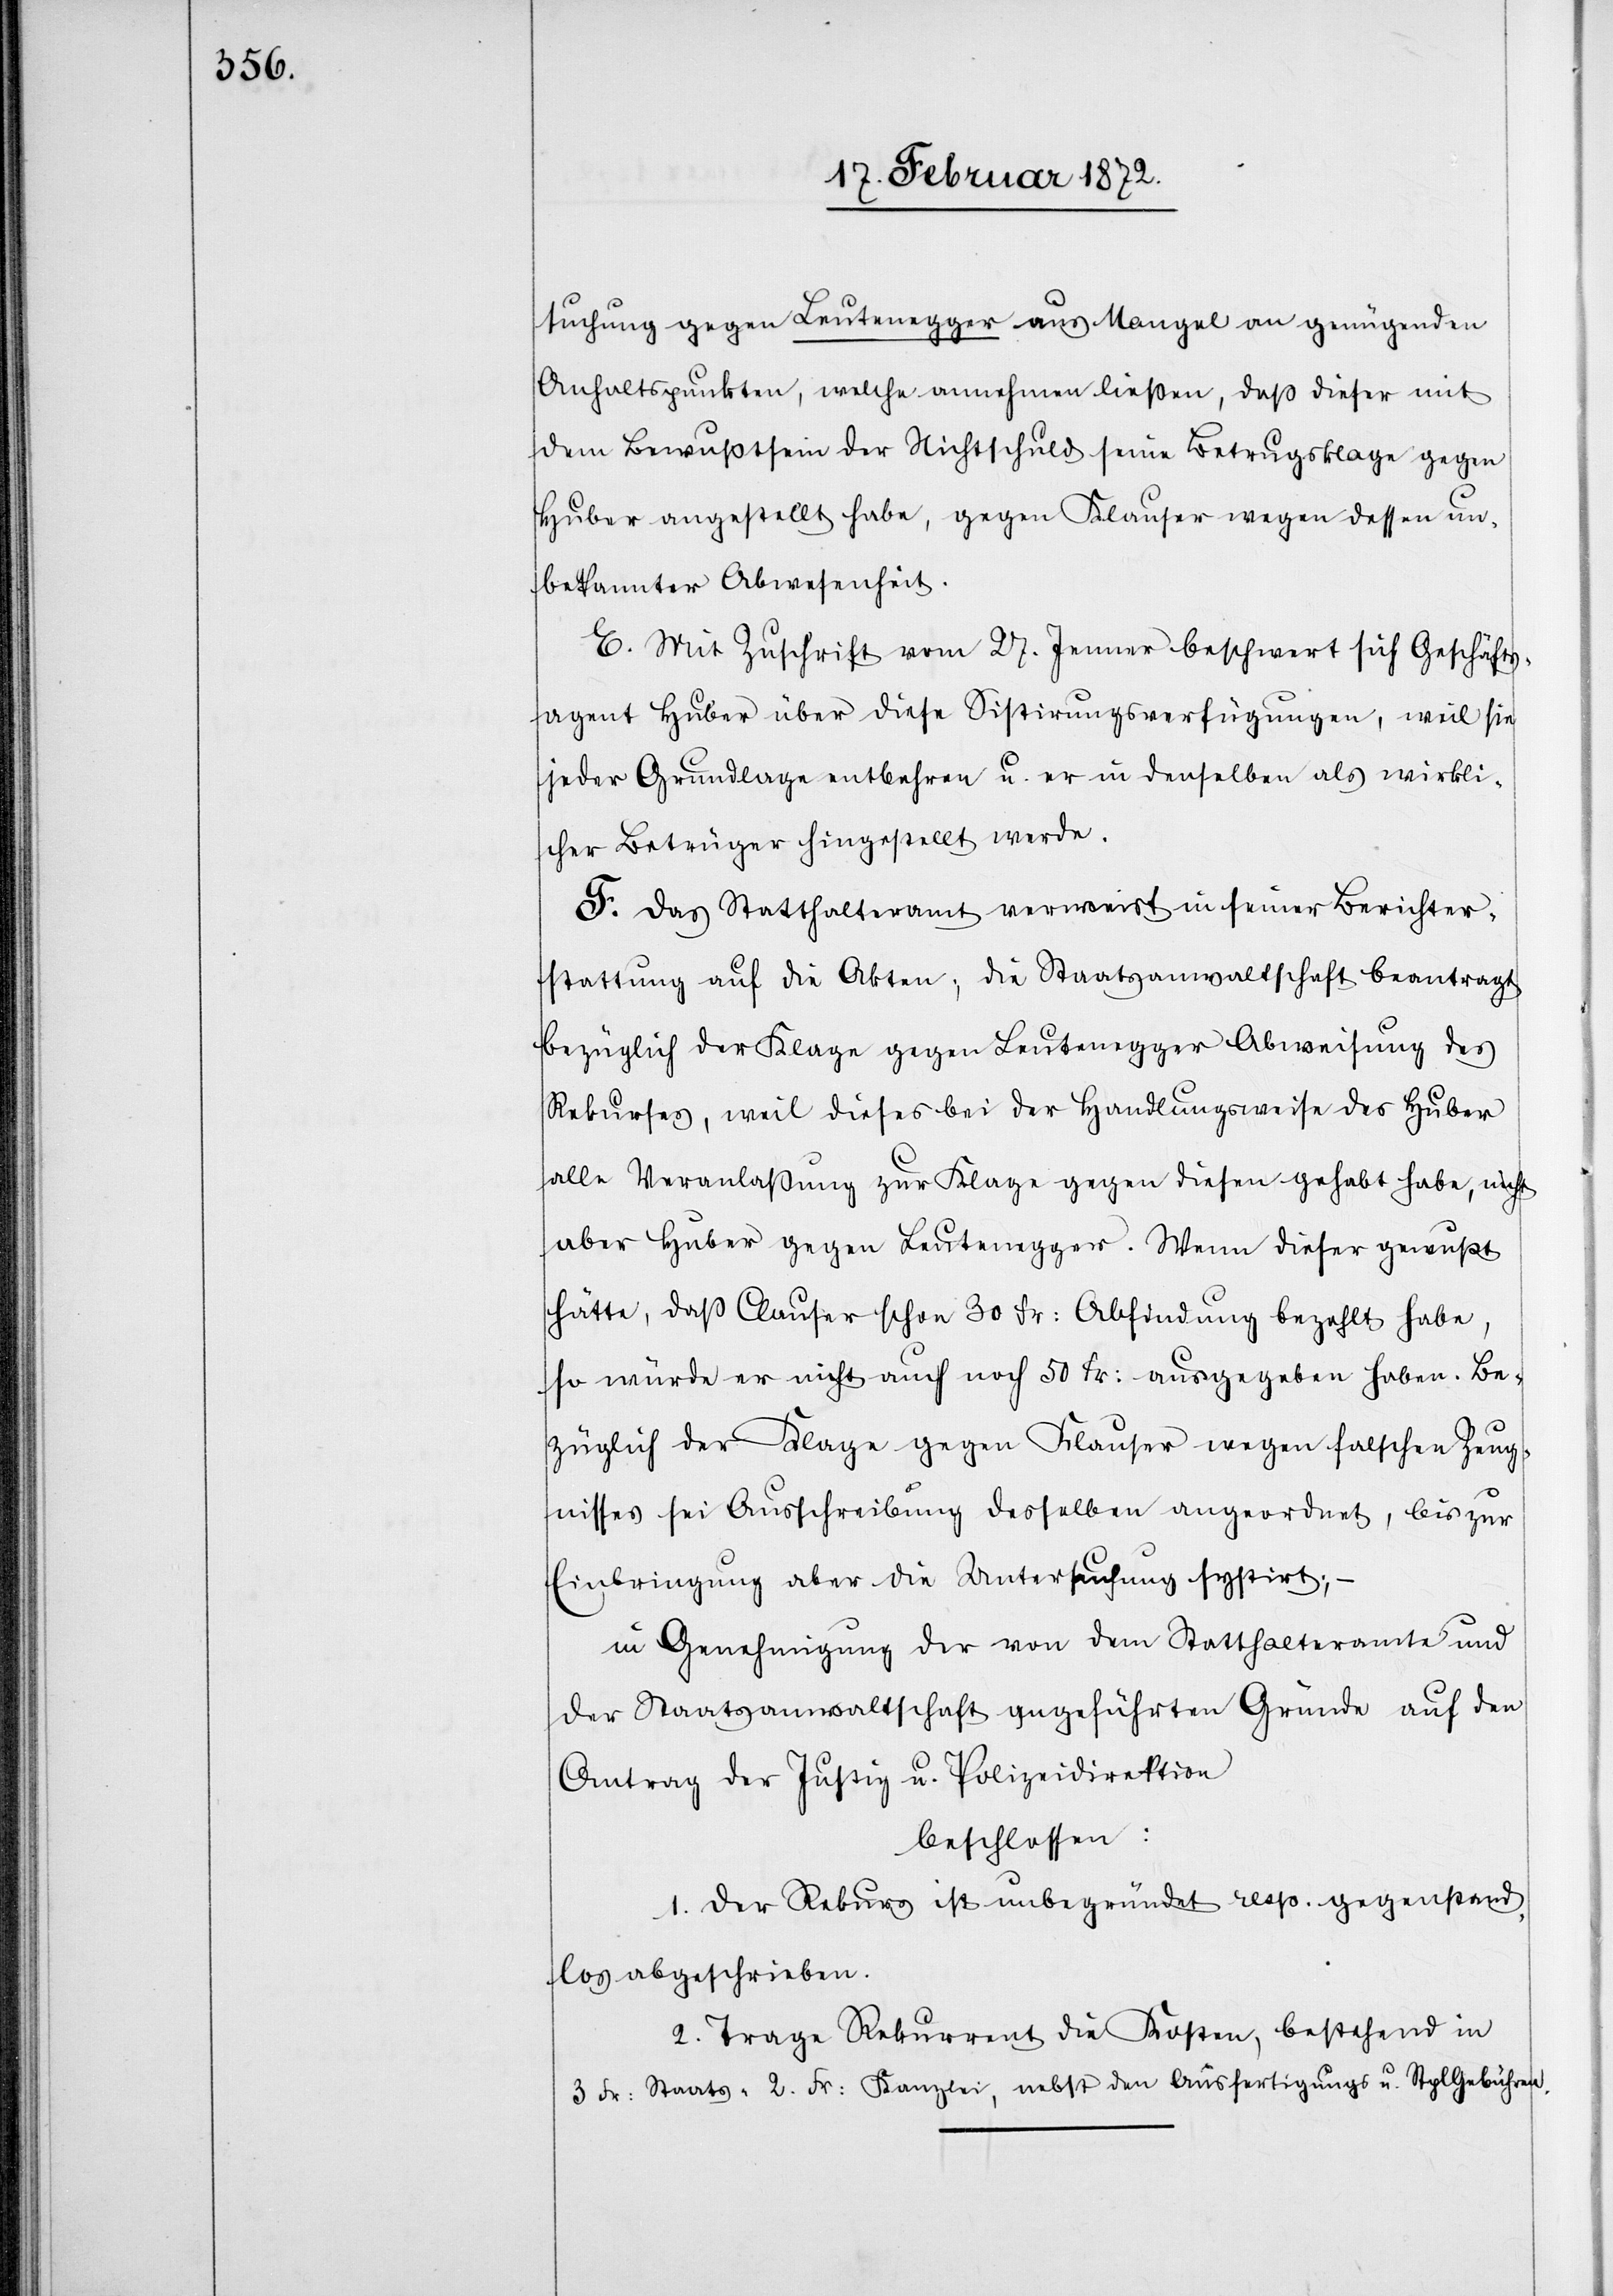
suchung gegen Leutenegger aus Mangel an genügenden
Anhaltpunkten, welche annehmen ließen, daß dieser mit
dem Bewußtsein der Nichtschuld seine Betrugsklage gegen
Huber angestellt habe, gegen Klauser wegen dessen un¬
bekannter Abwesenheit.
E. Mit Zuschrift vom 27. Jenner beschwert sich Geschäfts¬
agent Huber über diese Sistirungsverfügungen, weil sie
jeder Grundlage entbehren u. er in denselben als wirkli¬
cher Betrüger hingestellt werde.
F. Das Statthalteramt verweist in seiner Berichter¬
stattung auf die Akten; die Staatsanwaltschaft beantragt
bezüglich der Klage gegen Leutenegger Abweisung des
Rekurses, weil dieses [sic!] bei der Handlungsweise des Huber
alle Veranlaßung zur Klage gegen diesen gehabt habe, nicht
aber Huber gegen Leutenegger. Wenn dieser gewußt
hätte, daß Clauser schon 30 Fr. Abfindung bezahlt habe,
so würde er nicht auch noch 50 Fr. ausgegeben haben. Be¬
züglich der Klage gegen Klauser wegen falschen Zeug¬
nisses sei Ausschreibung desselben angeordnet, bis zur
Einbringung aber die Untersuchung sistirt; –
in Genehmigung der von dem Statthalteramte und
der Staatsanwaltschaft angeführten Gründe auf den
Antrag der Justiz u. Polizeidirektion
beschlossen:
1. Der Rekurs ist unbegründet resp. gegenstand¬
los abgeschrieben.
2. Trage Rekurrent die Kosten, bestehend in
3 Fr. Staats-[,] 2. Fr. Kanzlei, nebst den Ausfertigungs u. StplGebühren.